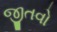
જીતવો